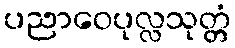
ပညာဝေပုလ္လသုတ္တံ